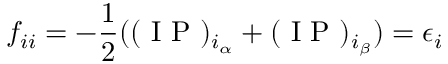
f _ { i i } = - \frac { 1 } { 2 } ( ( \mathrm { ~ I ~ P ~ } ) _ { i _ { \alpha } } + ( \mathrm { ~ I ~ P ~ } ) _ { i _ { \beta } } ) = \epsilon _ { i }